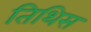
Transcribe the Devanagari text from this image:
तिथिस